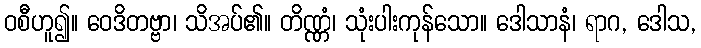
ဝစီဟူ၍။ ဝေဒိတဗ္ဗာ၊ သိအပ်၏။ တိဏ္ဏံ၊ သုံးပါးကုန်သော။ ဒေါသာနံ၊ ရာဂ, ဒေါသ,